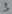
Text: 3